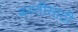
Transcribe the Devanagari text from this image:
बस्तीसाठी